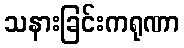
သနားခြင်းကရုဏာ